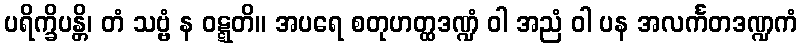
ပရိက္ခိပန္တိ၊ တံ သဗ္ဗံ န ဝဋ္ဋတိ။ အပရေ စတုဟတ္ထဒဏ္ဍံ ဝါ အညံ ဝါ ပန အလင်္ကတဒဏ္ဍကံ